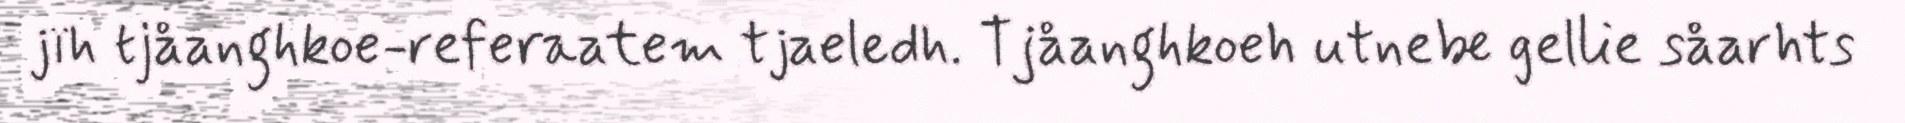
jïh tjåanghkoe-referaatem tjaeledh. Tjåanghkoeh utnebe gellie såarhts